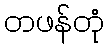
တဖန်တုံ